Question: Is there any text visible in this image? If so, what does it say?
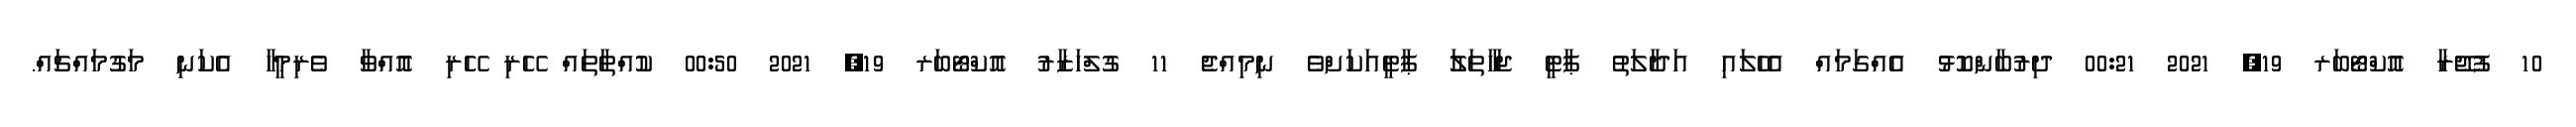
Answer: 10 ފުޖޭރާ އޮކްޓޯބަރ 19, 2021 00:21 ދިރުބާންކޮޅު އެއްގަމައް އެހެލައި އަދާލަތު ޕާޓީ ޖަހާތަލަު ޕާޓީއަކަށްވެ ނިމިއްޖެ 11 ގުލްހަޒާރު އޮކްޓޯބަރ 19, 2021 00:50 ކުއްތާތައް ހޭރި ހޭރި އޮއްވާ ވެރިމީހާ އެކަނި މަގުމައްޗައް.